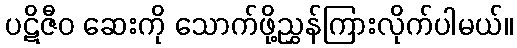
ပဋိဇီဝ ဆေးကို သောက်ဖို့ညွှန်ကြားလိုက်ပါမယ်။